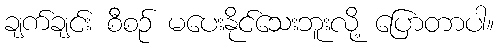
ချက်ချင်း စီစဉ် မပေးနိုင်သေးဘူးလို့ ပြောတာပါ။